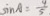
\sin A = \frac { 4 } { 5 }